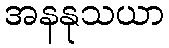
အနနုသယာ